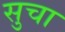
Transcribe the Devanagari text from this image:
सुचा